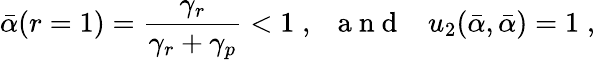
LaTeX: \bar{\alpha}(r=1)=\frac{\gamma_{r}}{\gamma_{r}+\gamma_{p}}<1\; ,\; \; {\mathrm{~a~n~d~}}\; \; \; u_{2}(\bar{\alpha},\bar{\alpha})=1\; ,